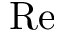
\mathrm { R e }